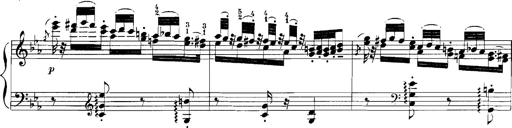
Title: Rhapsodies hongroises
Composer: Franz Liszt